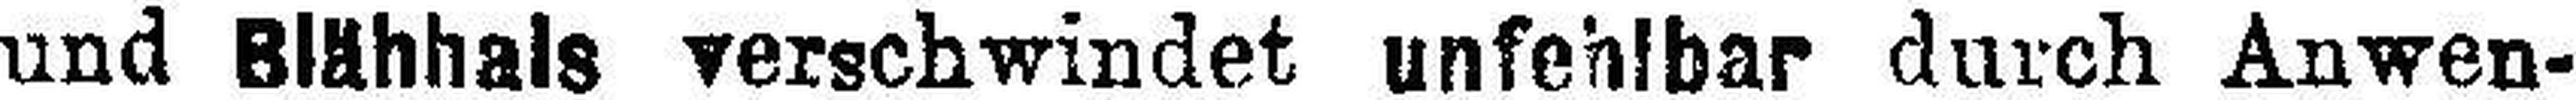
und Blähhals verschwindet unfehlbar durch Anwen¬